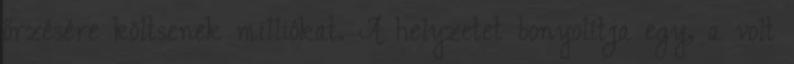
őrzésére költsenek milliókat. A helyzetet bonyolítja egy, a volt